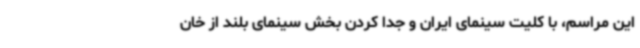
این مراسم، با کلیت سینمای ایران و جدا کردن بخش سینمای بلند از خان